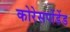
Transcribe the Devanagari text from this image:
कोरेसपोंडेंड